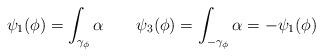
LaTeX: \begin{align*} \psi_1(\phi) = \int_{\gamma_\phi} \alpha \quad\quad\psi_3(\phi) = \int_{-\gamma_\phi} \alpha = -\psi_1(\phi)\end{align*}